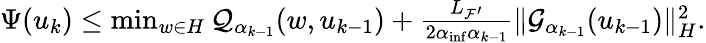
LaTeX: \begin{array}{r}{{\Psi}(u_{k})\leq\operatorname*{min}_{w\in{H}}\mathcal{Q}_{{\alpha}_{k-1}}(w,u_{k-1})+\frac{{L_{{\mathcal{F}}^{\prime}}}}{2{\alpha}_{\operatorname*{inf}}{\alpha}_{k-1}}\| {\mathcal{G}}_{{\alpha}_{k-1}}(u_{k-1})\| _{H}^{2}.}\end{array}